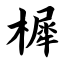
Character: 樨